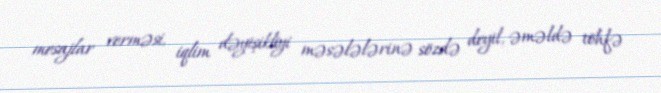
mesajlar verməsi, iqlim dəyişikliyi məsələlərinə sözdə deyil, əməldə töhfə